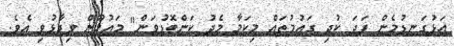
އަޅުގަނޑުމެން ފަދަ ކުދި ގައުމުތައް މިކަމާ މެދު ކަންބޮޑުވަން" މައުމޫން ވިދާޅުވި އެވެ.